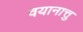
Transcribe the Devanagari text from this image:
वयानात्तु